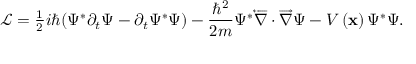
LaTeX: \mathcal { L } = \frac { _ 1 } { ^ 2 } i \hbar ( \Psi ^ { * } \partial _ { t } \Psi - \partial _ { t } \Psi ^ { * } \Psi ) - \frac { \hbar ^ { 2 } } { 2 m } \Psi ^ { * } \overleftarrow { \nabla } \cdot \overrightarrow { \nabla } \Psi - V \left( \mathbf { x } \right) \Psi ^ { * } \Psi .